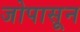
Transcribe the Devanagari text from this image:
जोपासून